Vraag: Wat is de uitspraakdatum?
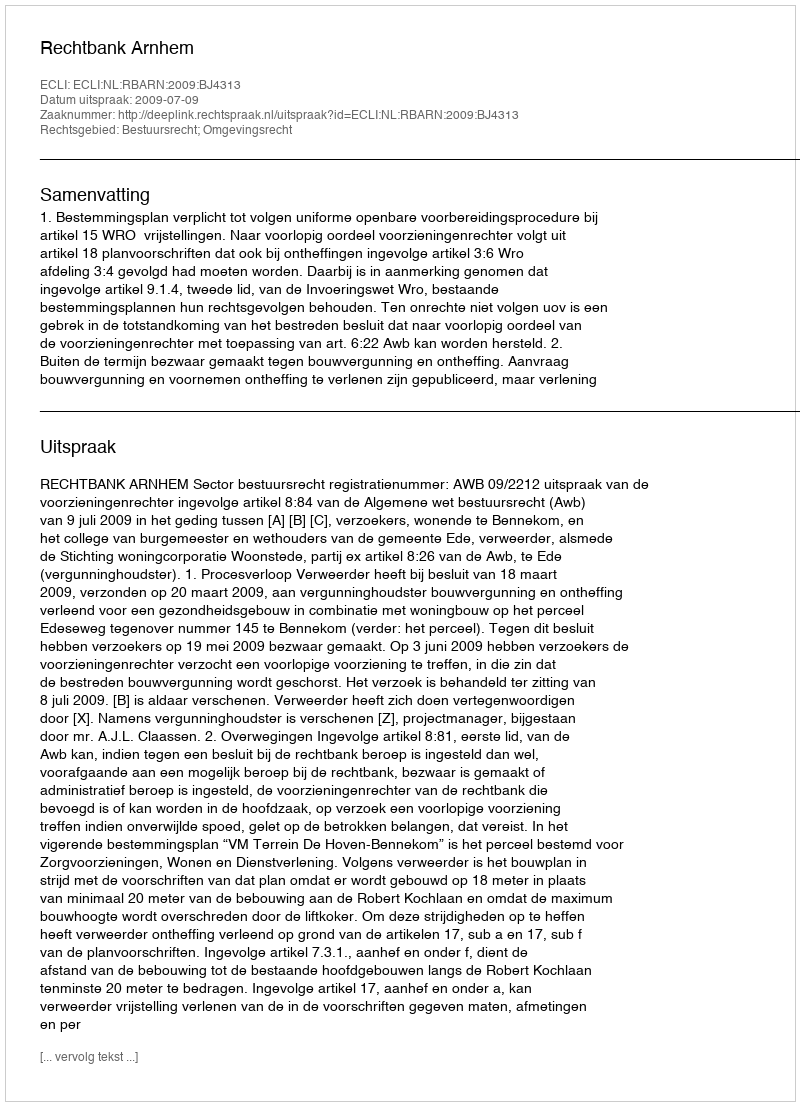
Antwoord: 2009-07-09